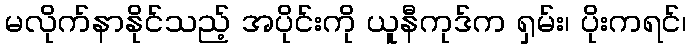
မလိုက်နာနိုင်သည့် အပိုင်းကို ယူနီကုဒ်က ရှမ်း၊ ပိုးကရင်၊